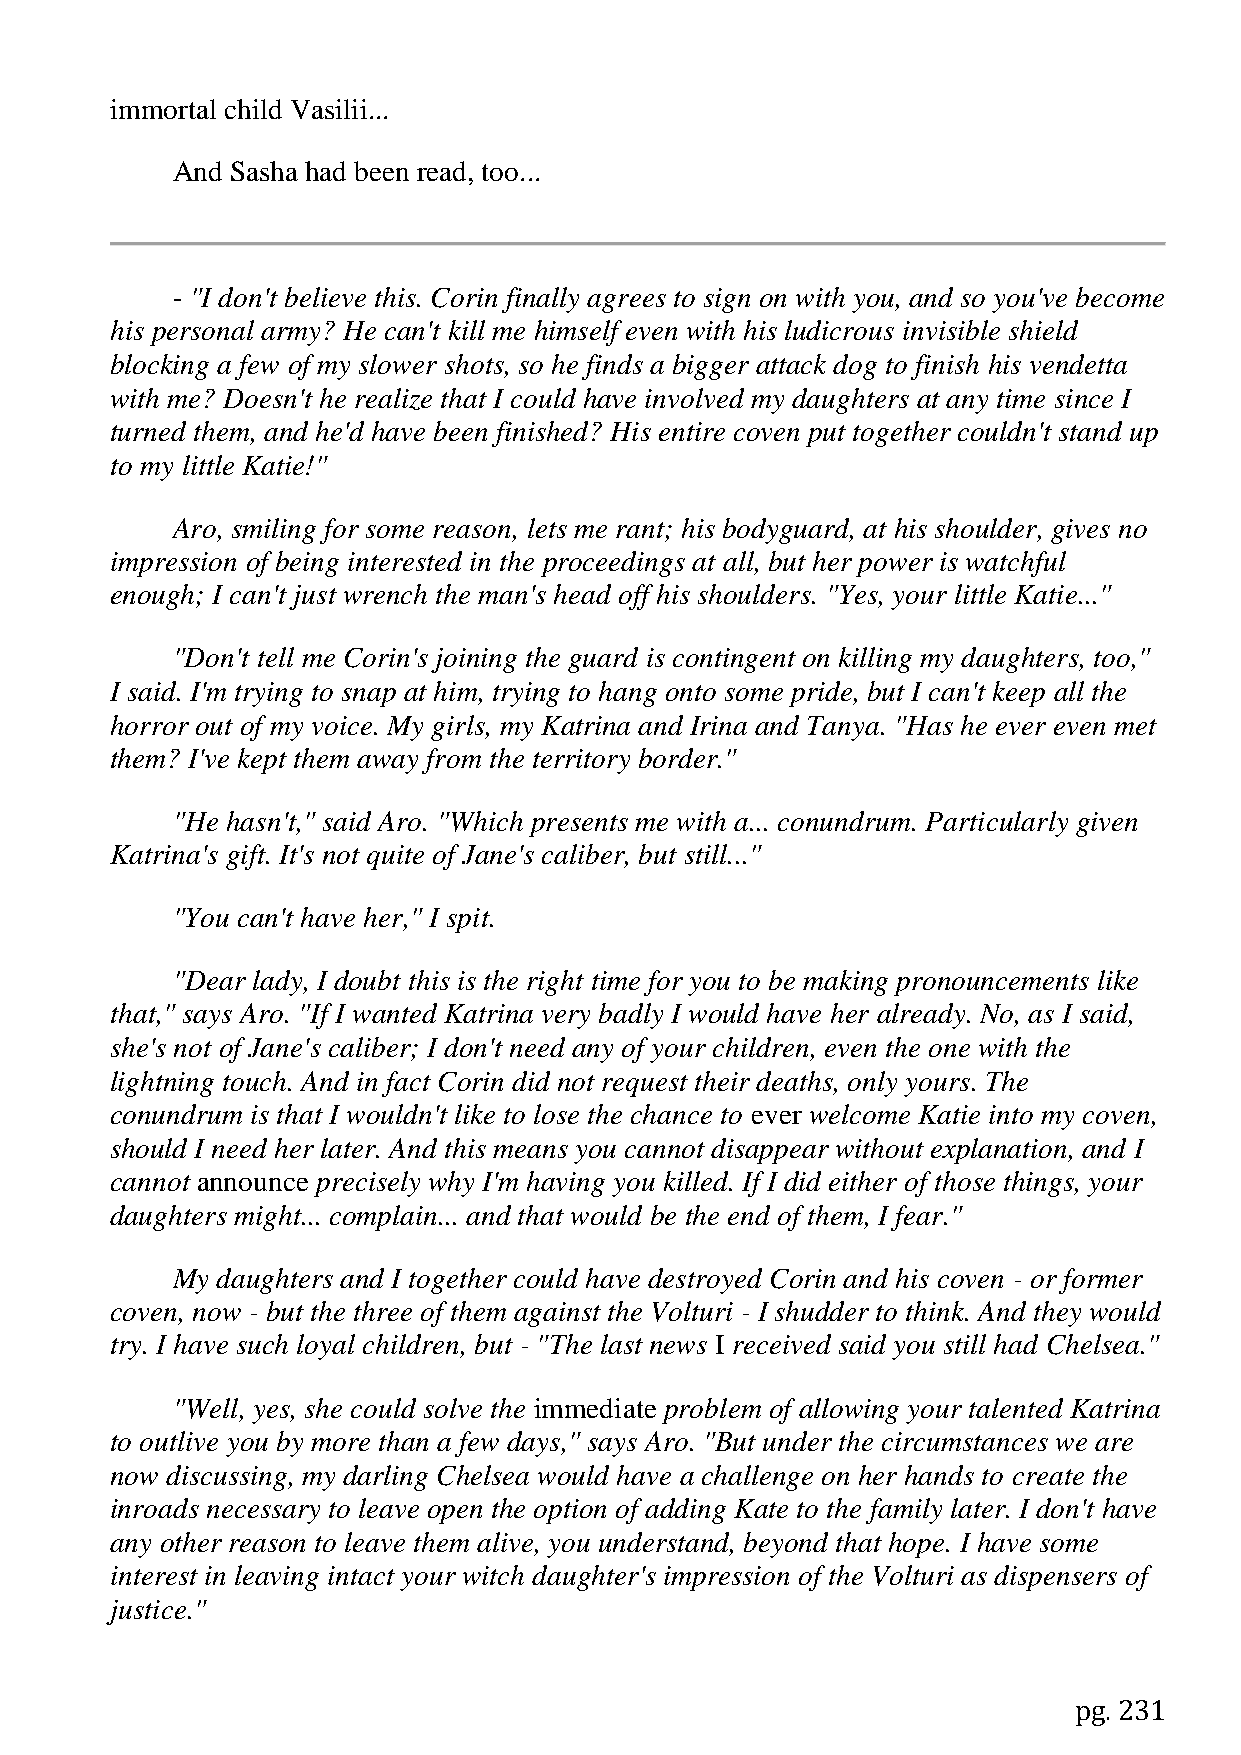
immortal child Vasilii...
 And Sasha had been read, too...
 - "I don't believe this. Corin finally agrees to sign on with you, and so you've become
 his personal army? He can't kill me himself even with his ludicrous invisible shield
 blocking a few of my slower shots, so he finds a bigger attack dog to finish his vendetta
 with me? Doesn't he realize that I could have involved my daughters at any time since I
 turned them, and he'd have been finished? His entire coven put together couldn't stand up
 to my little Katie!"
 Aro, smiling for some reason, lets me rant; his bodyguard, at his shoulder, gives no
 impression of being interested in the proceedings at all, but her power is watchful
 enough; I can't just wrench the man's head off his shoulders. "Yes, your little Katie..."
 "Don't tell me Corin's joining the guard is contingent on killing my daughters, too,"
 I said. I'm trying to snap at him, trying to hang onto some pride, but I can't keep all the
 horror out of my voice. My girls, my Katrina and Irina and Tanya. "Has he ever even met
 them? I've kept them away from the territory border."
 "He hasn't," said Aro. "Which presents me with a... conundrum. Particularly given
 Katrina's gift. It's not quite of Jane's caliber, but still..."
 "You can't have her," I spit.
 "Dear lady, I doubt this is the right time for you to be making pronouncements like
 that," says Aro. "If I wanted Katrina very badly I would have her already. No, as I said,
 she's not of Jane's caliber; I don't need any of your children, even the one with the
 lightning touch. And in fact Corin did not request their deaths, only yours. The
 conundrum is that I wouldn't like to lose the chance to ever welcome Katie into my coven,
 should I need her later. And this means you cannot disappear without explanation, and I
 cannot announce precisely why I'm having you killed. If I did either of those things, your
 daughters might... complain... and that would be the end of them, I fear."
 My daughters and I together could have destroyed Corin and his coven - or former
 coven, now - but the three of them against the Volturi - I shudder to think. And they would
 try. I have such loyal children, but - "The last news I received said you still had Chelsea."
 "Well, yes, she could solve the immediate problem of allowing your talented Katrina
 to outlive you by more than a few days," says Aro. "But under the circumstances we are
 now discussing, my darling Chelsea would have a challenge on her hands to create the
 inroads necessary to leave open the option of adding Kate to the family later. I don't have
 any other reason to leave them alive, you understand, beyond that hope. I have some
 interest in leaving intact your witch daughter's impression of the Volturi as dispensers of
 justice."
 pg. 231